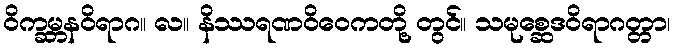
ဝိက္ခမ္ဘနဝိရာဂ။ လ။ နိဿရဏဝိဝေကတို့ တွင်။ သမုစ္ဆေဒဝိရာဂတ္တာ၊